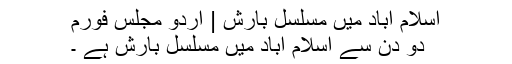
اسلام آباد میں مسلسل بارش | اردو مجلس فورم
دو دن سے اسلام آباد میں مسلسل بارش ہے ۔